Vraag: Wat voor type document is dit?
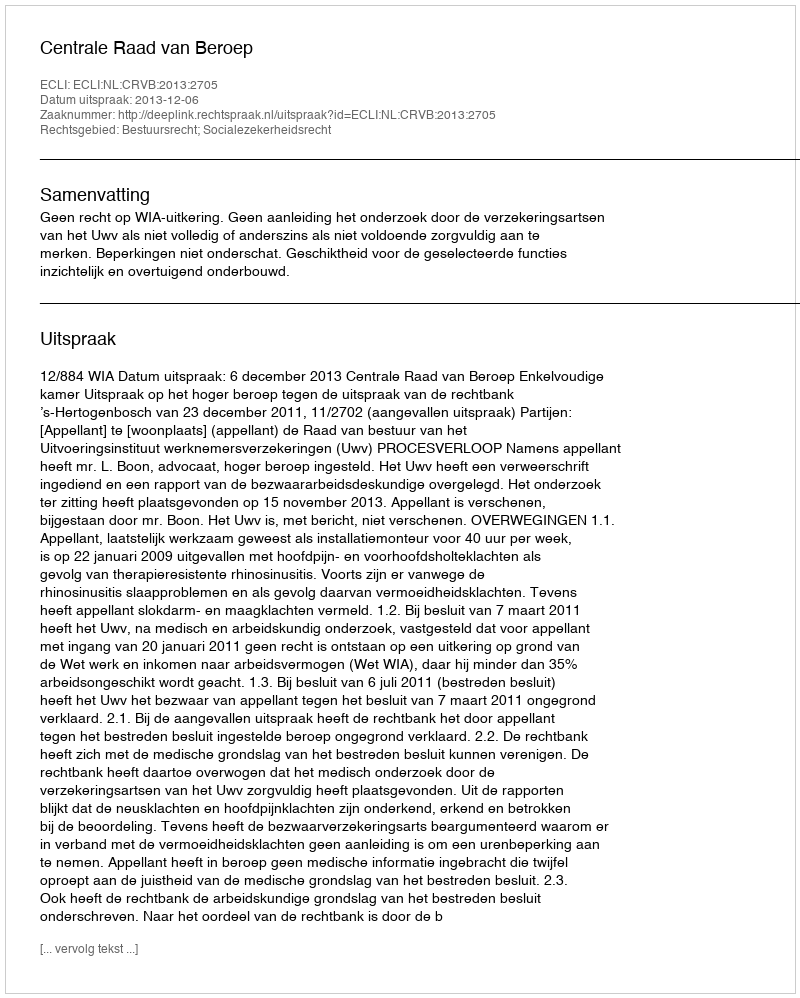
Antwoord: Uitspraak